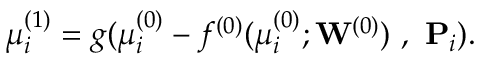
\boldsymbol { \mu } _ { i } ^ { ( 1 ) } = g ( \boldsymbol { \mu } _ { i } ^ { ( 0 ) } - f ^ { ( 0 ) } ( \boldsymbol { \mu } _ { i } ^ { ( 0 ) } ; { \mathbf W } ^ { ( 0 ) } ) ~ , ~ \mathbf { P } _ { i } ) .